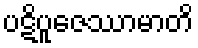
ပဋိပူဇေဿာမာတိ